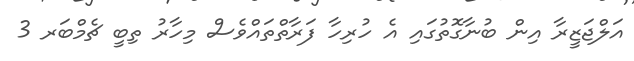
އަލްޖަޒީރާ އިން ބުނާގޮތުގައި އެ ހުރިހާ ފަރާތްތައްވެސް މިހާރު ތިބީ ޗެމްބަރ 3